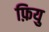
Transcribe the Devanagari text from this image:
फ़ियु